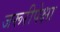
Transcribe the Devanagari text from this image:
जरूरीपेक्षा